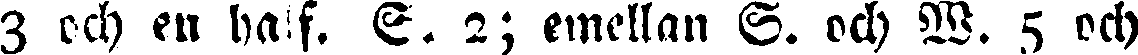
3 och en half. E. 2; emellan S. och W. 5 och